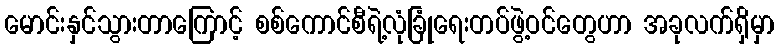
မောင်းနှင်သွားတာကြောင့် စစ်ကောင်စီရဲ့လုံခြုံရေးတပ်ဖွဲ့ဝင်တွေဟာ အခုလက်ရှိမှာ